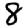
Digit: 8